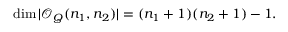
\dim | { \mathcal O } _ { Q } ( n _ { 1 } , n _ { 2 } ) | = ( n _ { 1 } + 1 ) ( n _ { 2 } + 1 ) - 1 .